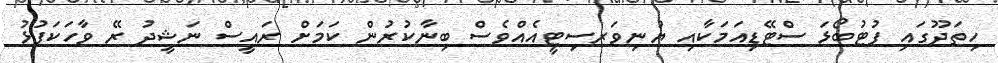
ހިތަދޫގައި ފުޓުބޯޅަ ސްޓޭޑިއަމަކާއި ޔުނިވަރސިޓީއެއްވެސް ބިނާކުރުން ކަމަށް ރައީސް ނަޝީދު ރޭ ވާހަކަފުޅު